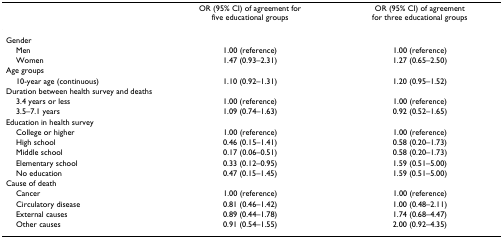
<table><thead><tr><td></td><td><b>OR (95% CI) of agreement for five educational groups</b></td><td><b>OR (95% CI) of agreement for three educational groups</b></td></tr></thead><tbody><tr><td colspan="3">Gender</td></tr><tr><td> Men</td><td>1.00 (reference)</td><td>1.00 (reference)</td></tr><tr><td> Women</td><td>1.47 (0.93–2.31)</td><td>1.27 (0.65–2.50)</td></tr><tr><td colspan="3">Age groups</td></tr><tr><td> 10-year age (continuous)</td><td>1.10 (0.92–1.31)</td><td>1.20 (0.95–1.52)</td></tr><tr><td colspan="3">Duration between health survey and deaths</td></tr><tr><td> 3.4 years or less</td><td>1.00 (reference)</td><td>1.00 (reference)</td></tr><tr><td> 3.5–7.1 years</td><td>1.09 (0.74–1.63)</td><td>0.92 (0.52–1.65)</td></tr><tr><td colspan="3">Education in health survey</td></tr><tr><td> College or higher</td><td>1.00 (reference)</td><td>1.00 (reference)</td></tr><tr><td> High school</td><td>0.46 (0.15–1.41)</td><td>0.58 (0.20–1.73)</td></tr><tr><td> Middle school</td><td>0.17 (0.06–0.51)</td><td>0.58 (0.20–1.73)</td></tr><tr><td> Elementary school</td><td>0.33 (0.12–0.95)</td><td>1.59 (0.51–5.00)</td></tr><tr><td> No education</td><td>0.47 (0.15–1.45)</td><td>1.59 (0.51–5.00)</td></tr><tr><td colspan="3">Cause of death</td></tr><tr><td> Cancer</td><td>1.00 (reference)</td><td>1.00 (reference)</td></tr><tr><td> Circulatory disease</td><td>0.81 (0.46–1.42)</td><td>1.00 (0.48–2.11)</td></tr><tr><td> External causes</td><td>0.89 (0.44–1.78)</td><td>1.74 (0.68–4.47)</td></tr><tr><td> Other causes</td><td>0.91 (0.54–1.55)</td><td>2.00 (0.92–4.35)</td></tr></tbody></table>